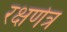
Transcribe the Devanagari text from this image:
रक्षणेत्र